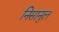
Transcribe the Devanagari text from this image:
निसानुल